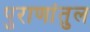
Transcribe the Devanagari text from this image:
पुराणांतुल